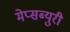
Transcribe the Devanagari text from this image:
मेप्सब्युरी